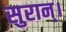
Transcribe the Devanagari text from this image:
सुरान्।